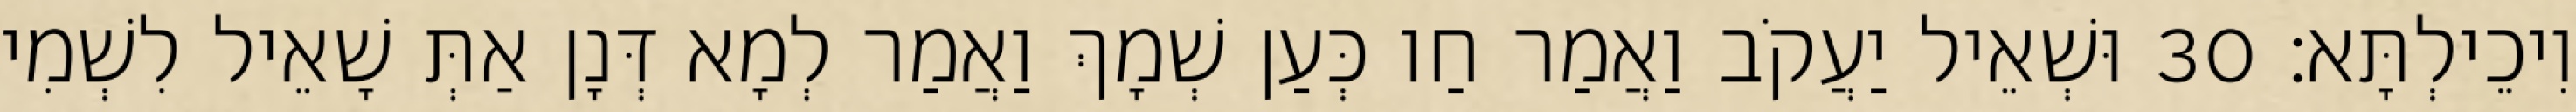
וִיכֵילְתָּא׃ 30 וּשְׁאֵיל יַעֲקֹב וַאֲמַר חַו כְּעַן שְׁמָךְ וַאֲמַר לְמָא דְּנָן אַתְּ שָׁאֵיל לִשְׁמִי